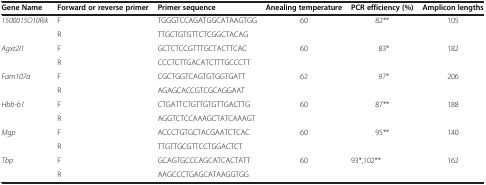
<table><thead><tr><td><b>Gene Name</b></td><td><b>Forward or reverse primer</b></td><td><b>Primer sequence</b></td><td><b>Anealing temperature</b></td><td><b>PCR efficiency (%)</b></td><td><b>Amplicon lengths</b></td></tr></thead><tbody><tr><td rowspan="2"><i>1500015O10Rik</i></td><td>F</td><td>TGGGTCCAGATGGCATAAGTGG</td><td rowspan="2">60</td><td rowspan="2">82**</td><td rowspan="2">105</td></tr><tr><td>R</td><td>TTGCTGTGTTCTCGGCTACAG</td></tr><tr><td rowspan="2"><i>Agxt2l1</i></td><td>F</td><td>GCTCTCCGTTTGCTACTTCAC</td><td rowspan="2">60</td><td rowspan="2">83*</td><td rowspan="2">182</td></tr><tr><td>R</td><td>CCCTCTTGACATCTTTGCCCTT</td></tr><tr><td rowspan="2"><i>Fam107a</i></td><td>F</td><td>CGCTGGTCAGTGTGGTGATT</td><td rowspan="2">62</td><td rowspan="2">97*</td><td rowspan="2">206</td></tr><tr><td>R</td><td>AGAGCACCGTCGCAGGAAT</td></tr><tr><td rowspan="2"><i>Hbb-b1</i></td><td>F</td><td>CTGATTCTGTTGTGTTGACTTG</td><td rowspan="2">60</td><td rowspan="2">87**</td><td rowspan="2">188</td></tr><tr><td>R</td><td>AGGTCTCCAAAGCTATCAAAGT</td></tr><tr><td rowspan="2"><i>Mgp</i></td><td>F</td><td>ACCCTGTGCTACGAATCTCAC</td><td rowspan="2">60</td><td rowspan="2">95**</td><td rowspan="2">140</td></tr><tr><td>R</td><td>TTGTTGCGTTCCTGGACTCT</td></tr><tr><td rowspan="2"><i>Tbp</i></td><td>F</td><td>GCAGTGCCCAGCATCACTATT</td><td rowspan="2">60</td><td rowspan="2">93*,102**</td><td rowspan="2">162</td></tr><tr><td>R</td><td>AAGCCCTGAGCATAAGGTGG</td></tr></tbody></table>